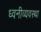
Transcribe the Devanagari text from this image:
ध्वनीव्यवस्था